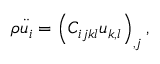
\begin{array} { r } { \rho \ddot { u } _ { i } = \left( C _ { i j k l } u _ { k , l } \right) _ { , j } , } \end{array}